Scottish Leaving Certificate Examination, 1953
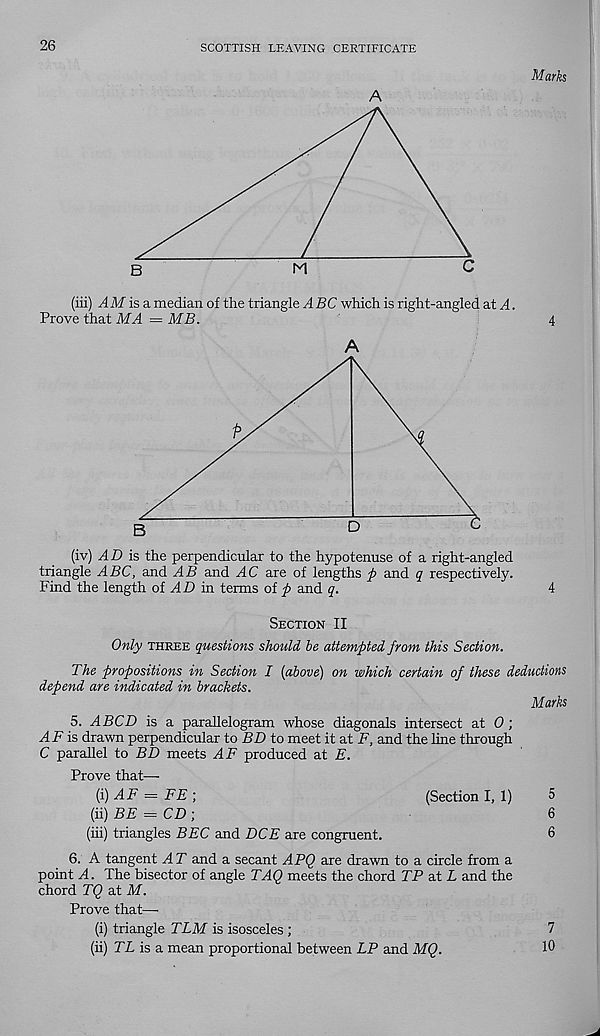
26
SCOTTISH LEAVING CERTIFICATE
A
Marks
(iii) AM is a. median of the triangle ABC which is right-angled at A.
Prove that MA — MB.
4
A
(iv) AD is the perpendicular to the hypotenuse of a right-angled
triangle ABC, and AB and AC are of lengths p and q respectively.
Find the length oi AD in terms of p and q.
4
SECTION II
Only THREE questions should he attempted from this Section.
The propositions in Section I [above) on which certain of these deductions
depend are indicated in brackets.
Marks
5. A BCD is a parallelogram whose diagonals intersect at 0 ;
is drawn perpendicular to BD to meet it at F, and the line through
C parallel to BD meets AF produced at E.
Prove that—-
(i)
AF = FE;
(ii) BE = CD)
6
(iii) triangles BEC and DCE are congruent.
6
6. A tangent A T and a secant APQ are drawn to a circle from a
point A. The bisector of angle TAQ meets the chord TP at L and the
chord TQ at M.
Prove that—
(i) triangle TLM is isosceles ;
7
(ii) TL is a mean proportional between LP and MQ.
10